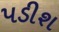
પડીશ